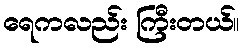
ရေကလည်း ကြီးတယ်။